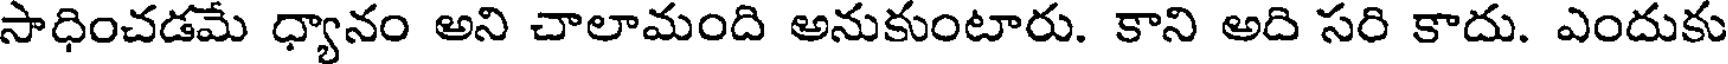
సాధించడమే ధ్యానం అని చాలామంది అనుకుంటారు. కాని అది సరి కాదు. ఎందుకు